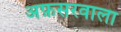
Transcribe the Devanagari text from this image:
अफ़सरवाला